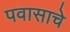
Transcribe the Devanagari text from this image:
पवासाचे